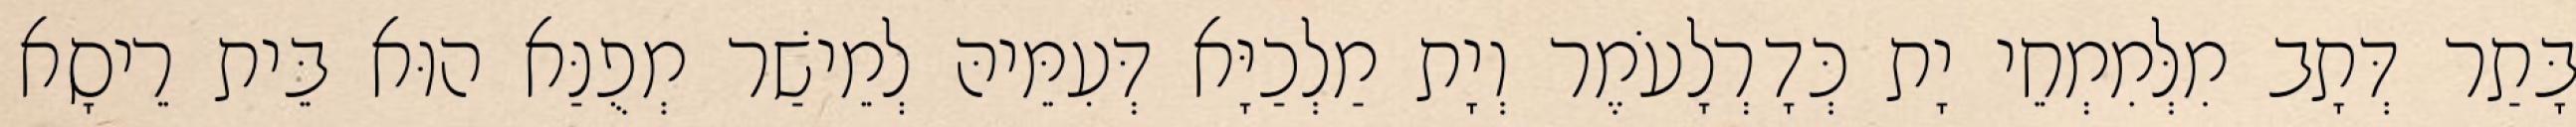
בָּתַר דְּתָב מִלְּמִמְחֵי יָת כְּדָרְלָעֹמֶר וְיָת מַלְכַיָּא דְּעִמֵּיהּ לְמֵישַׁר מְפֻנַּא הוּא בֵּית רֵיסָא